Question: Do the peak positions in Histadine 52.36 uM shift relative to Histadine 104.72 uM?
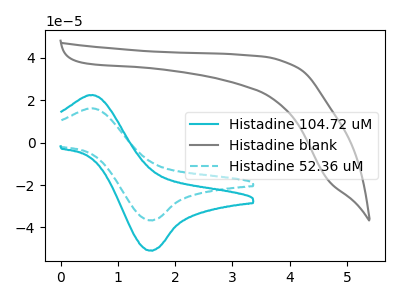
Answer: <think>The cyan curve "Histadine 104.72 uM" has an anodic peak at (0.50V, 22.45uA) and a cathodic peak at (1.60V, -50.85uA). The gray curve "Histadine blank" has no peaks. The cyan dashed curve "Histadine 52.36 uM" has an anodic peak at (0.50V, 16.15uA) and a cathodic peak at (1.60V, -36.60uA).
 All the peaks in "Histadine 52.36 uM" have a peak in "Histadine 104.72 uM" at the same potential. Every peak in "Histadine 52.36 uM" is lower than every peak in "Histadine 104.72 uM".</think>
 <answer>No, "Histadine 52.36 uM" and "Histadine 104.72 uM" don't appear to be significantly different in shape</answer>
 <eval>no_change</eval>